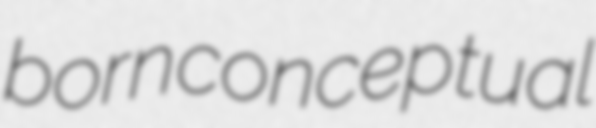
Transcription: born conceptual